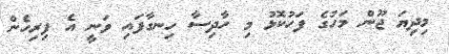
މިދިޔަ ޖޫން މަހުގެ ފަހުކޮޅު މި ހާދިސާ ހިނގާފައި ވަނީ އެ ފިރިހެން